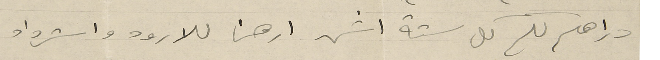
دراهم لكم كل ستة اشهر ارهن للارود واسترداد